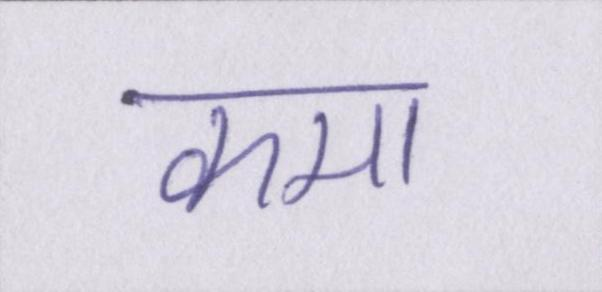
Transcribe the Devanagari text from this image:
कमा